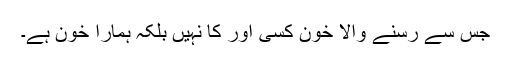
جس سے رسنے والا خون کسی اور کا نہیں بلکہ ہمارا خون ہے۔